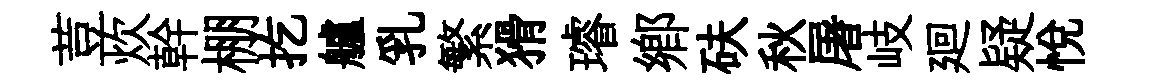
荳炊幹棚扢艫乳繁猾璿郷砆秋屠岐廻疑悅